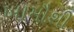
ખામૌશી